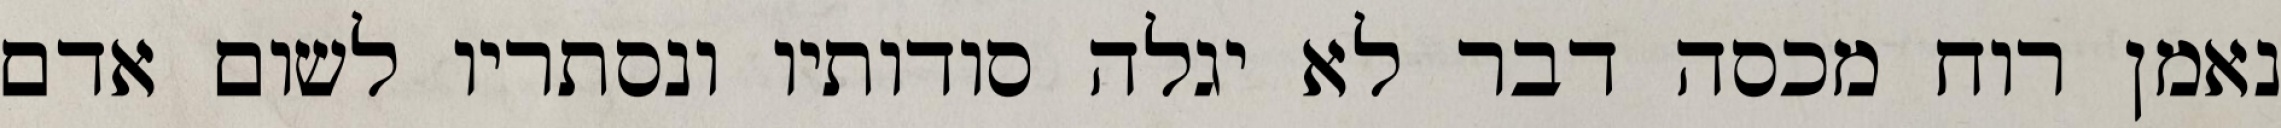
נאמן רוח מכסה דבר לא יגלה סודותיו ונסתריו לשום אדם